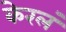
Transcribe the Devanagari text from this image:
केरलं